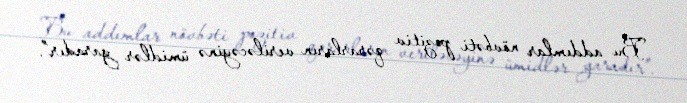
Bu addımlar növbəti pozitiv qərarların veriləcəyinə ümidlər yaradır”.